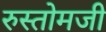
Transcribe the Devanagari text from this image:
रुस्तोमजी